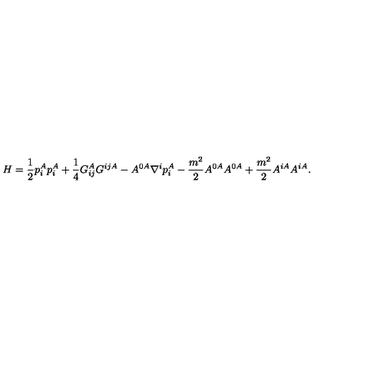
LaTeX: H = \frac { 1 } { 2 } p _ { i } ^ { A } p _ { i } ^ { A } + \frac { 1 } { 4 } G _ { i j } ^ { A } G ^ { i j A } - A ^ { 0 A } \nabla ^ { i } p _ { i } ^ { A } - \frac { m ^ { 2 } } { 2 } A ^ { 0 A } A ^ { 0 A } + \frac { m ^ { 2 } } { 2 } A ^ { i A } A ^ { i A } .